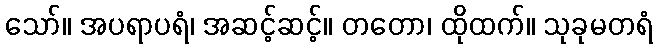
သော်။ အပရာပရံ၊ အဆင့်ဆင့်။ တတော၊ ထိုထက်။ သုခုမတရံ